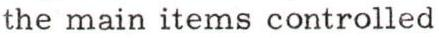
the main items controlled